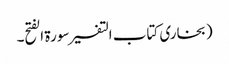
(بخاری کتاب التفسیر سورۃ الفتح۔